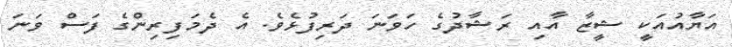
އަޔާއުއަކީ ޝީޒާ އާއި ރަޝާދުގެ ހަވަނަ ދަރިފުޅެވެ. އެ ދެމަފިރިންގެ ފަސް ވަނަ